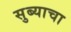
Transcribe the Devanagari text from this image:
सुब्याचा